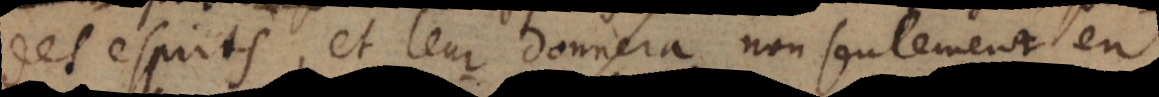
des esprits, et leur donnera non seulement en